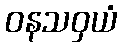
ဝနသဝှယံ